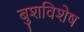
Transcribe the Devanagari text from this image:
बुशविशेष